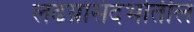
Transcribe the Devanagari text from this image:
लढय़ासंदर्भातील